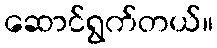
ဆောင်ရွက်တယ်။